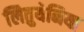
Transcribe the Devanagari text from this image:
लितुयेनिया